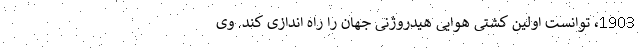
1903، توانست اولین کشتی هوایی هیدروژنی جهان را راه اندازی کند. وی